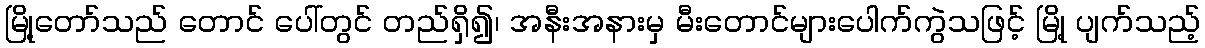
မြို့တော်သည် တောင် ပေါ်တွင် တည်ရှိ၍၊ အနီးအနားမှ မီးတောင်များပေါက်ကွဲသဖြင့် မြို့ ပျက်သည့်